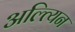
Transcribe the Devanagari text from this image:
अल्त्यिन